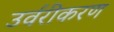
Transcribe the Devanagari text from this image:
उर्वरीकरण